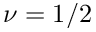
\nu = 1 / 2